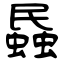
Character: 蟁